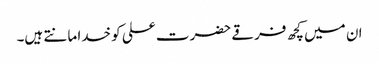
ان میں کچھ فرقے حضرت علی کو خدا مانتے ہیں۔